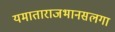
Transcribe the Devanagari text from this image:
यमाताराजभानसलगा